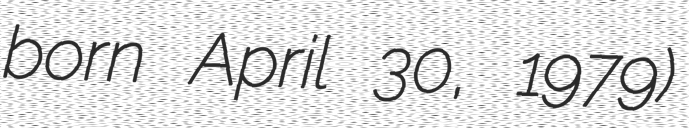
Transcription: born April 30, 1979)